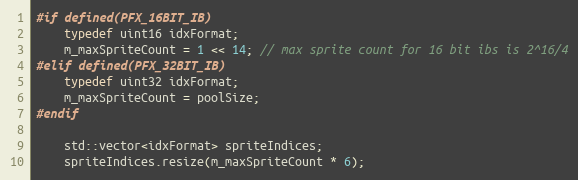
Language: C++
#if defined(PFX_16BIT_IB)
	typedef uint16 idxFormat;
	m_maxSpriteCount = 1 << 14; // max sprite count for 16 bit ibs is 2^16/4
#elif defined(PFX_32BIT_IB)
	typedef uint32 idxFormat;
	m_maxSpriteCount = poolSize;
#endif

	std::vector<idxFormat> spriteIndices;
	spriteIndices.resize(m_maxSpriteCount * 6);